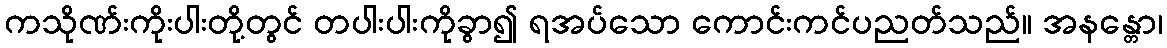
ကသိုဏ်းကိုးပါးတို့တွင် တပါးပါးကိုခွာ၍ ရအပ်သော ကောင်းကင်ပညတ်သည်။ အနန္တော၊